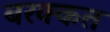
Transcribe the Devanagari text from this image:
बरक्कत